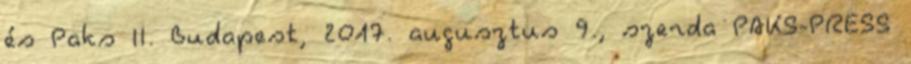
és Paks II. Budapest, 2017. augusztus 9., szerda PAKS-PRESS